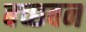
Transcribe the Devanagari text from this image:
बच्छबन